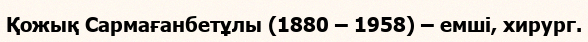
Қожық Сармағанбетұлы (1880 – 1958) – емші, хирург.